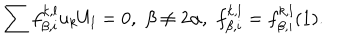
LaTeX: \sum f _ { \beta , i } ^ { k , l } u _ { k } U _ { l } = 0 , \, \, \beta \not = 2 \alpha , \, \, f _ { \beta , i } ^ { k , l } = f _ { \beta , i } ^ { k , l } ( 1 ) .